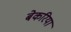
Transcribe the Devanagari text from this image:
बेकरिया